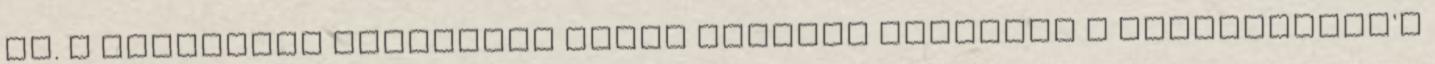
is. A jubileumi fesztivál egyik kiemelt előadása a Shakespeare's